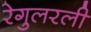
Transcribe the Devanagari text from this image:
रेगुलरली